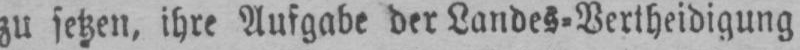
zu setzen, ihre Aufgabe der Landes⸗Vertheidigung